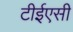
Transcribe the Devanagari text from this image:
टीईएसी